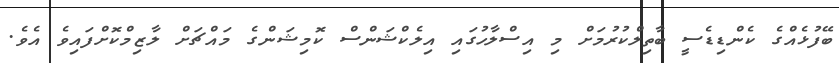
ބޭފުޅެއްގެ ކެންޑިޑެސީ ބާތިލްކުރުމަށް މި އިސްލާހުގައި އިލެކްޝަންސް ކޮމިޝަންގެ މައްޗަށް ލާޒިމްކޮށްފައިވެ އެވެ.